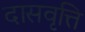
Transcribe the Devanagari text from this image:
दासवृत्ति